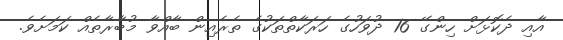
އާއި ދެކޮޅަށް ހިންގޭ 16 ދުވަހުގެ ހަރަކާތްތަކުގެ ތެރެއިން ބާއްވާ މުބާރާތެއް ކަމަށެވެ.